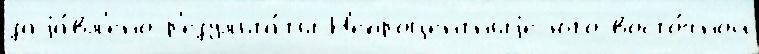
заjа́вл'ено р'езульта́ты Н'епроцентныjе юго-восто́чной